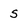
Character: S